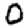
Digit: 0